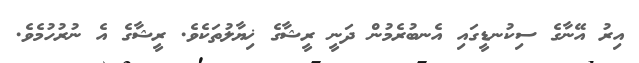
އިރު އޭނާގެ ސިކުނޑީީގައި އެނބުރެމުން ދަނީ ރީޝާގެ ޚިޔާލުތަކެވެ. ރީޝާގެ އެ ނުރުހުމެވެ.